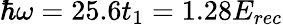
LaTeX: \hbar\omega=25.6t_{1}=1.28E_{rec}